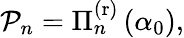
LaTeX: \begin{array}{r}{\mathcal{P}_{n}=\Pi_{n}^{\mathrm{(r)}}\left(\alpha_{0}\right),}\end{array}